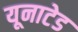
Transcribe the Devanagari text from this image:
यूनाटेड